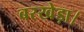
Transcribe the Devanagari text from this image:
बरखेड़ा।